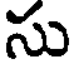
సు